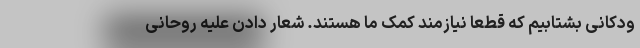
ودکانی بشتابیم که قطعاً نیازمند کمک ما هستند. شعار دادن علیه روحانی